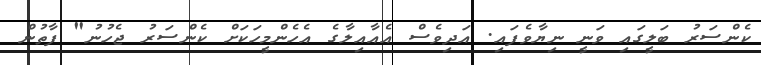
ކެންސަރު ބަލީގައި ވަނީ ނިޔާވެފައި. އަދިވެސް އެއާއިލާގެ އެހެންމީހަކަށް ކެންސަރު ޖެހުނު" ފާތުން